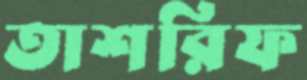
তাশরিফ